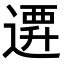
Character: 𨕞